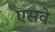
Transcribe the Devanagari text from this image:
एसवे